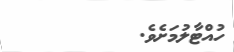
ހުއްޓާލުމަށެވެ.